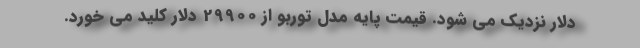
دلار نزدیک می شود. قیمت پایه مدل توربو از 29900 دلار کلید می خورد.